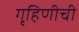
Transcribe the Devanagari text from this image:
गृहिणीची